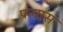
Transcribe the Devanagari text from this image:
प्रन्‍यास